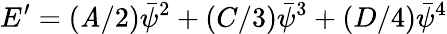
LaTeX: E^{\prime}=(\mathit{A}/2)\bar{{\psi}}^{2}+(C/3)\bar{{\psi}}^{3}+(D/4)\bar{{\psi}}^{4}